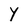
Character: Y